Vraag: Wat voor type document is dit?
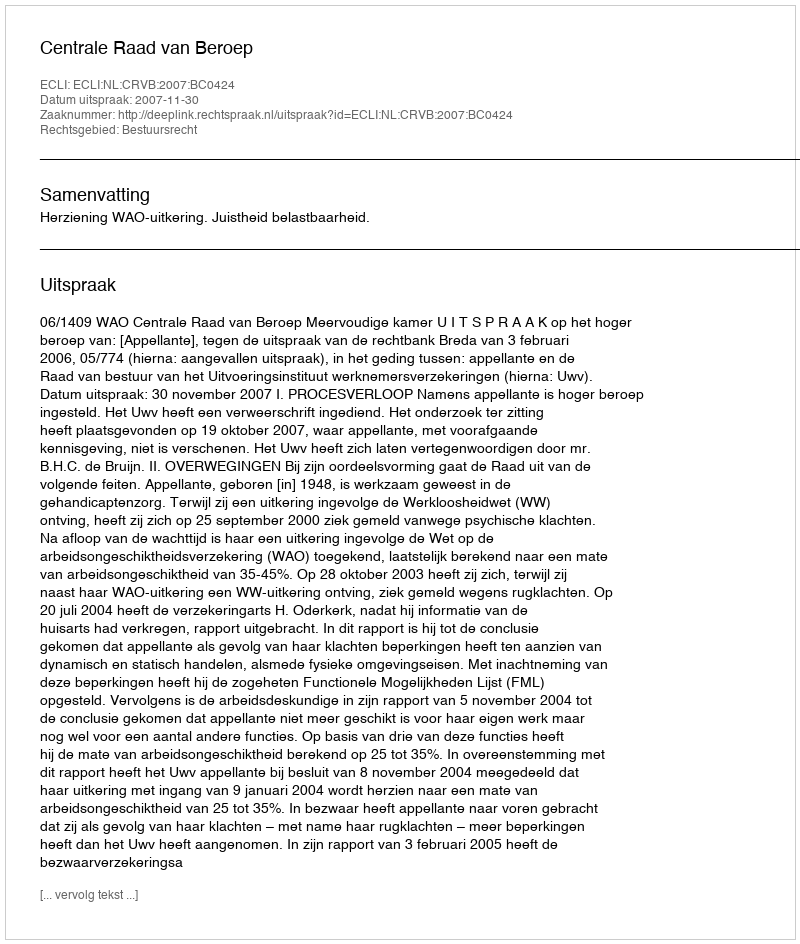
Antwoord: Uitspraak